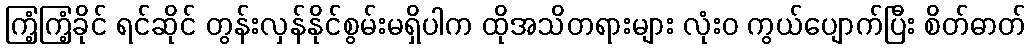
ကြံ့ကြံ့ခိုင် ရင်ဆိုင် တွန်းလှန်နိုင်စွမ်းမရှိပါက ထိုအသိတရားများ လုံးဝ ကွယ်ပျောက်ပြီး စိတ်ဓာတ်